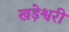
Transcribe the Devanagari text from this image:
खड़ेश्वरी